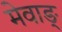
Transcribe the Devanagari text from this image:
मेवाङ्